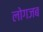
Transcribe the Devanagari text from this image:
लोगजब